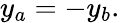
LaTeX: y_{a}=-y_{b}.